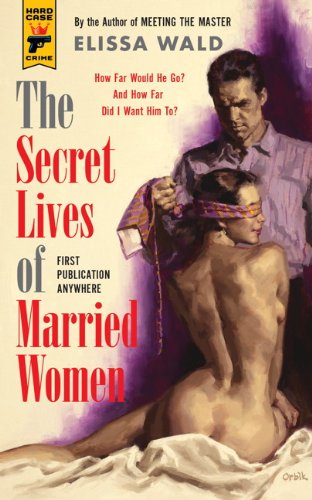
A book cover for The Secret Lives of Married Women (Hard Case Crime); Elissa Wald; Romance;